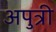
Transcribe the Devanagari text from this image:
अपुत्री